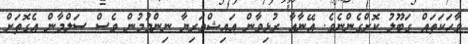
ވާހަކަތައް ގަބޫލު ކޮށްގެންނެވެ. އޭނާއާ ރުޅިވާން އައިޝްވަރިޔާ ނިންމުމުން ވެސް ސަލްމާން އެގޮތަށް